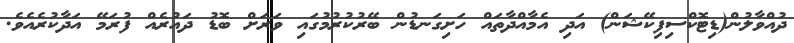
ދުއްވާލުން(ޑިޓޮކްސިފިކޭޝަން) އަދި އެމާއްދާތައް ހަށިގަނޑުން ބޭރުކުރުމުގައި ވަރަށް ބޮޑު ދައުރެއް ފުރަމޭ އަދާކުރެއެވެ.